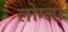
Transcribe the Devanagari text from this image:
लोग्लो